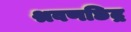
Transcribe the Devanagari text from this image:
श्रवणछिद्र